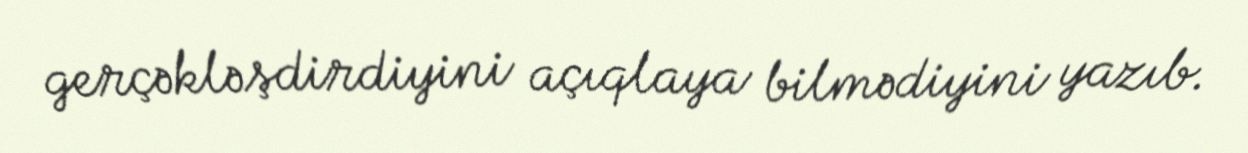
gerçəkləşdirdiyini açıqlaya bilmədiyini yazıb.